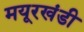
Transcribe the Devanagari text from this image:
मयूरखंडी